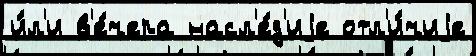
и́л'и в'е́чера насл'е́д'иjе отл'и́чиjе